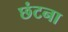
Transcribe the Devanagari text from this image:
छंटना